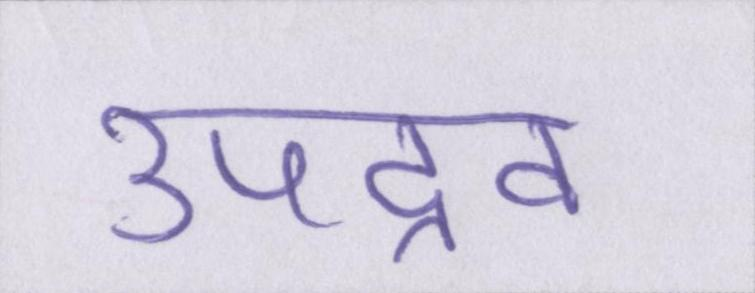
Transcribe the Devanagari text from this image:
उपद्रव